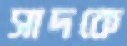
সাদকে